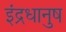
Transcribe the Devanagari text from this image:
इंद्रधानुष